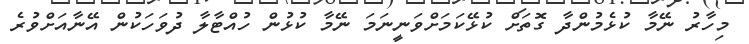
މިހާރު ނޭމާ ކުޅެމުންދާ ގޮތަށް ކުޅޭކަމަށްވަނީނަމަ ނޭމާ ކުޅުން ހުއްޓާލާ ދުވަހަކުން އޭނާއަށްވުރެ